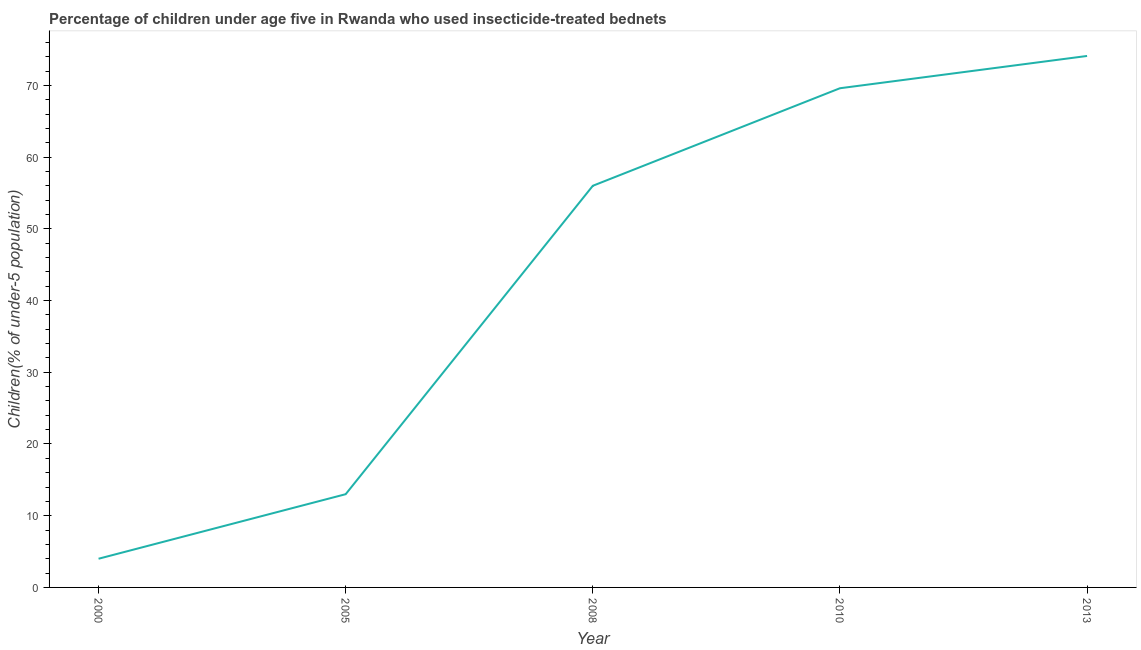
| Year | Use of insecticide-treated bed nets (% of under-5 population) |
 | --- | --- |
 | 2000 | 4 |
 | 2005 | 13 |
 | 2008 | 56 |
 | 2010 | 69.6 |
 | 2013 | 74.1 |